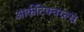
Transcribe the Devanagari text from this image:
आर्कीटेक्चरल्स